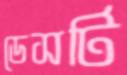
ডেসটি